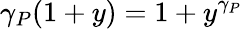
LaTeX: \gamma_{P}(1+y)=1+y^{\gamma_{P}}